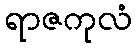
ရာဇကုလံ